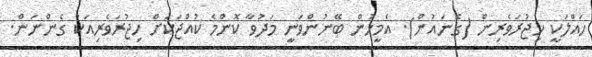
ހައްލަކީ ހިޖުރަވެރިން (ގެނައުން). އެމީހުން ބޭނުންވަނީ މަދުވާ ކޮންމެ ކުއްޖަކަށް ހިޖުރަވެރިއަކު ގެންނަން.